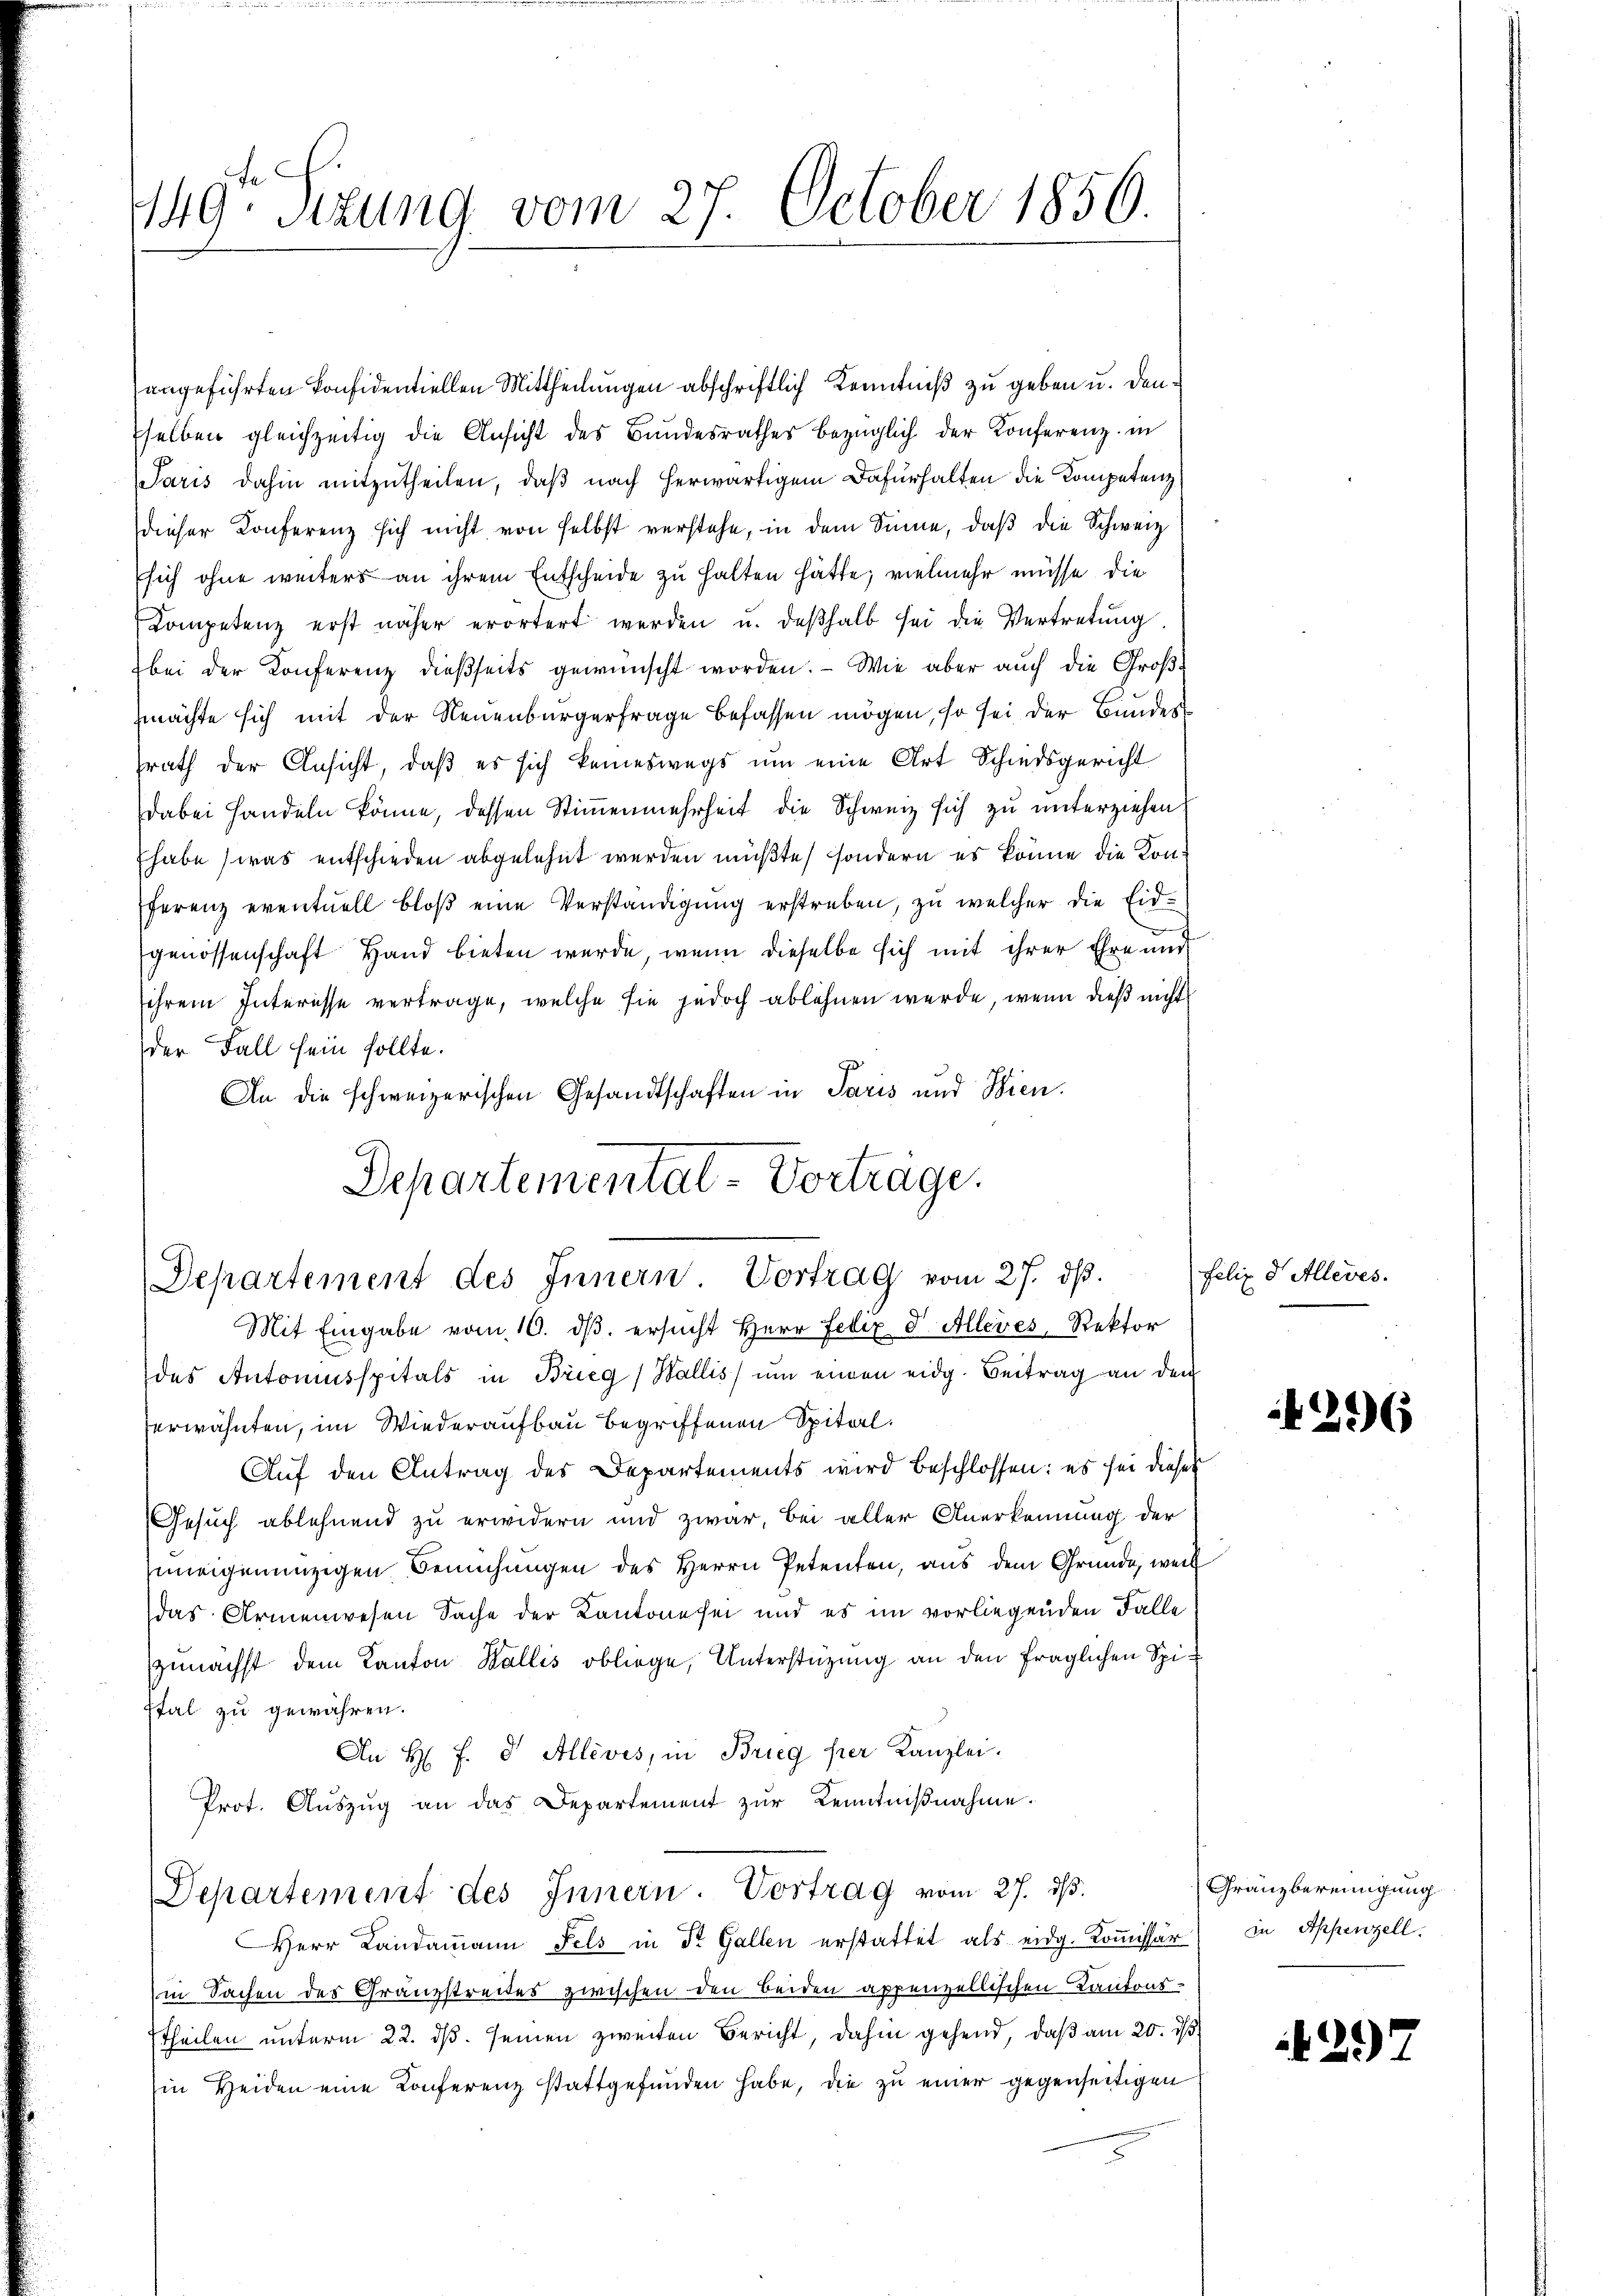
149te Sitzung vom 27. October 1856.

angeführten Konfidentiellen Mittheilungen abschriftlich Kenntniß zu geben u. denselben gleichzeitig die Ansicht des Bundesrathes bezüglich der Konferenz in
Paris dahin mitzutheilen, daß nach herwärtigem Dafürhalten die Kompetenz
dieser Konferenz sich nicht von selbst verstehe, in dem Sinne, daβ die Schweiz
sich ohne weiters an ihrem Entscheide zu halten hätte, vielmehr müsse, die
Kompetenz erst näher erörtert werden u. deβhalb sei die Vertretŭng.
bei der Konferenz dießseits gewünscht worden. Wie aber auch die Großzmachte sich mit der Neuenburgerfrage befassen mögen, so sei der Bundessrath der Ansicht, daß es sich keineswegs um eine Art Schiedsgericht
dabei Handeln könne, dessen Stimmenmehrheit die Schweiz sich zu unterziehen
Ehabe (was entschieden abgelehnt werden müßte, sondern es könne die Konferenz eventuell bloß eine Verständigung erstreben, zu welcher die Eidgenossenschaft Hand bieten werde, wenn dieselbe sich mit ihrer Ehre und
ihrem Interesse vertrage, welche sie jedoch ablehnen werde, wenn dieß nicht
der Fall sein sollte.
An die schweizerischen Gesandtschaften in Paris und Wien.

Departementat-Vortrage.
Departement des Innern Vortrag vom 27. ds.

Mit Eingabe vom 10. dβ. ersŭcht Herr Felix d Alleres, Rektor
des Antonsspitals in Brieg, Wallis ŭm einen eidg. Beitrag an den
erwähnten, im Wiederaufbau begriffenen Spital.
Auf den Antrag des Departements wird beschlossen: es sei dieser
Gesuch ablehnend zu erwidern und zwar, bei aller Anerkennung der
juneigenanzigen Bemühungen des Herrn Petenten, aus dem Gründe, weil
das Armenwesen Sache der Kantone sei und es im vorliegenden Falle
zunächst dem Kanton Wallis obliege, Unterstüzung an den fraglichen Spistal zu gewähren.
An H: F. d. Alléves, in Brieg her Kanzlei.
Prot. Aŭszŭg an das Departement zŭr Kenntniβnahme.
Departement des Innern. Vortrag vom 27. ds.
Herr Landammann Fels in St. Gallen erstattet als eidg. Kommissär
in Sachen des Granzstreites zwischen den beiden appenzellischen Kantonstheilen unterm 22. ds. seinen zweiten Bericht, dahin gehend, daß am 20. d.
in Heiden eine Konferenz stattgefunden habe, die zu einer gegenseitigen

Felix d Alleres.

216

Gränzbereinigung
in Appenzell.

29)